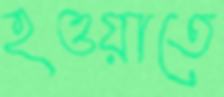
হওয়াতে